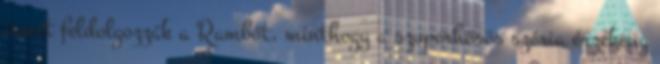
ismét feldolgozzák a Rambót, minthogy a szuperhősös széria érzékeny